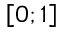
\left[ 0 ; 1 \right]